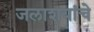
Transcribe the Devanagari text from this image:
जलाशयांचे